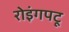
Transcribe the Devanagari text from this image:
रोइंगपटू